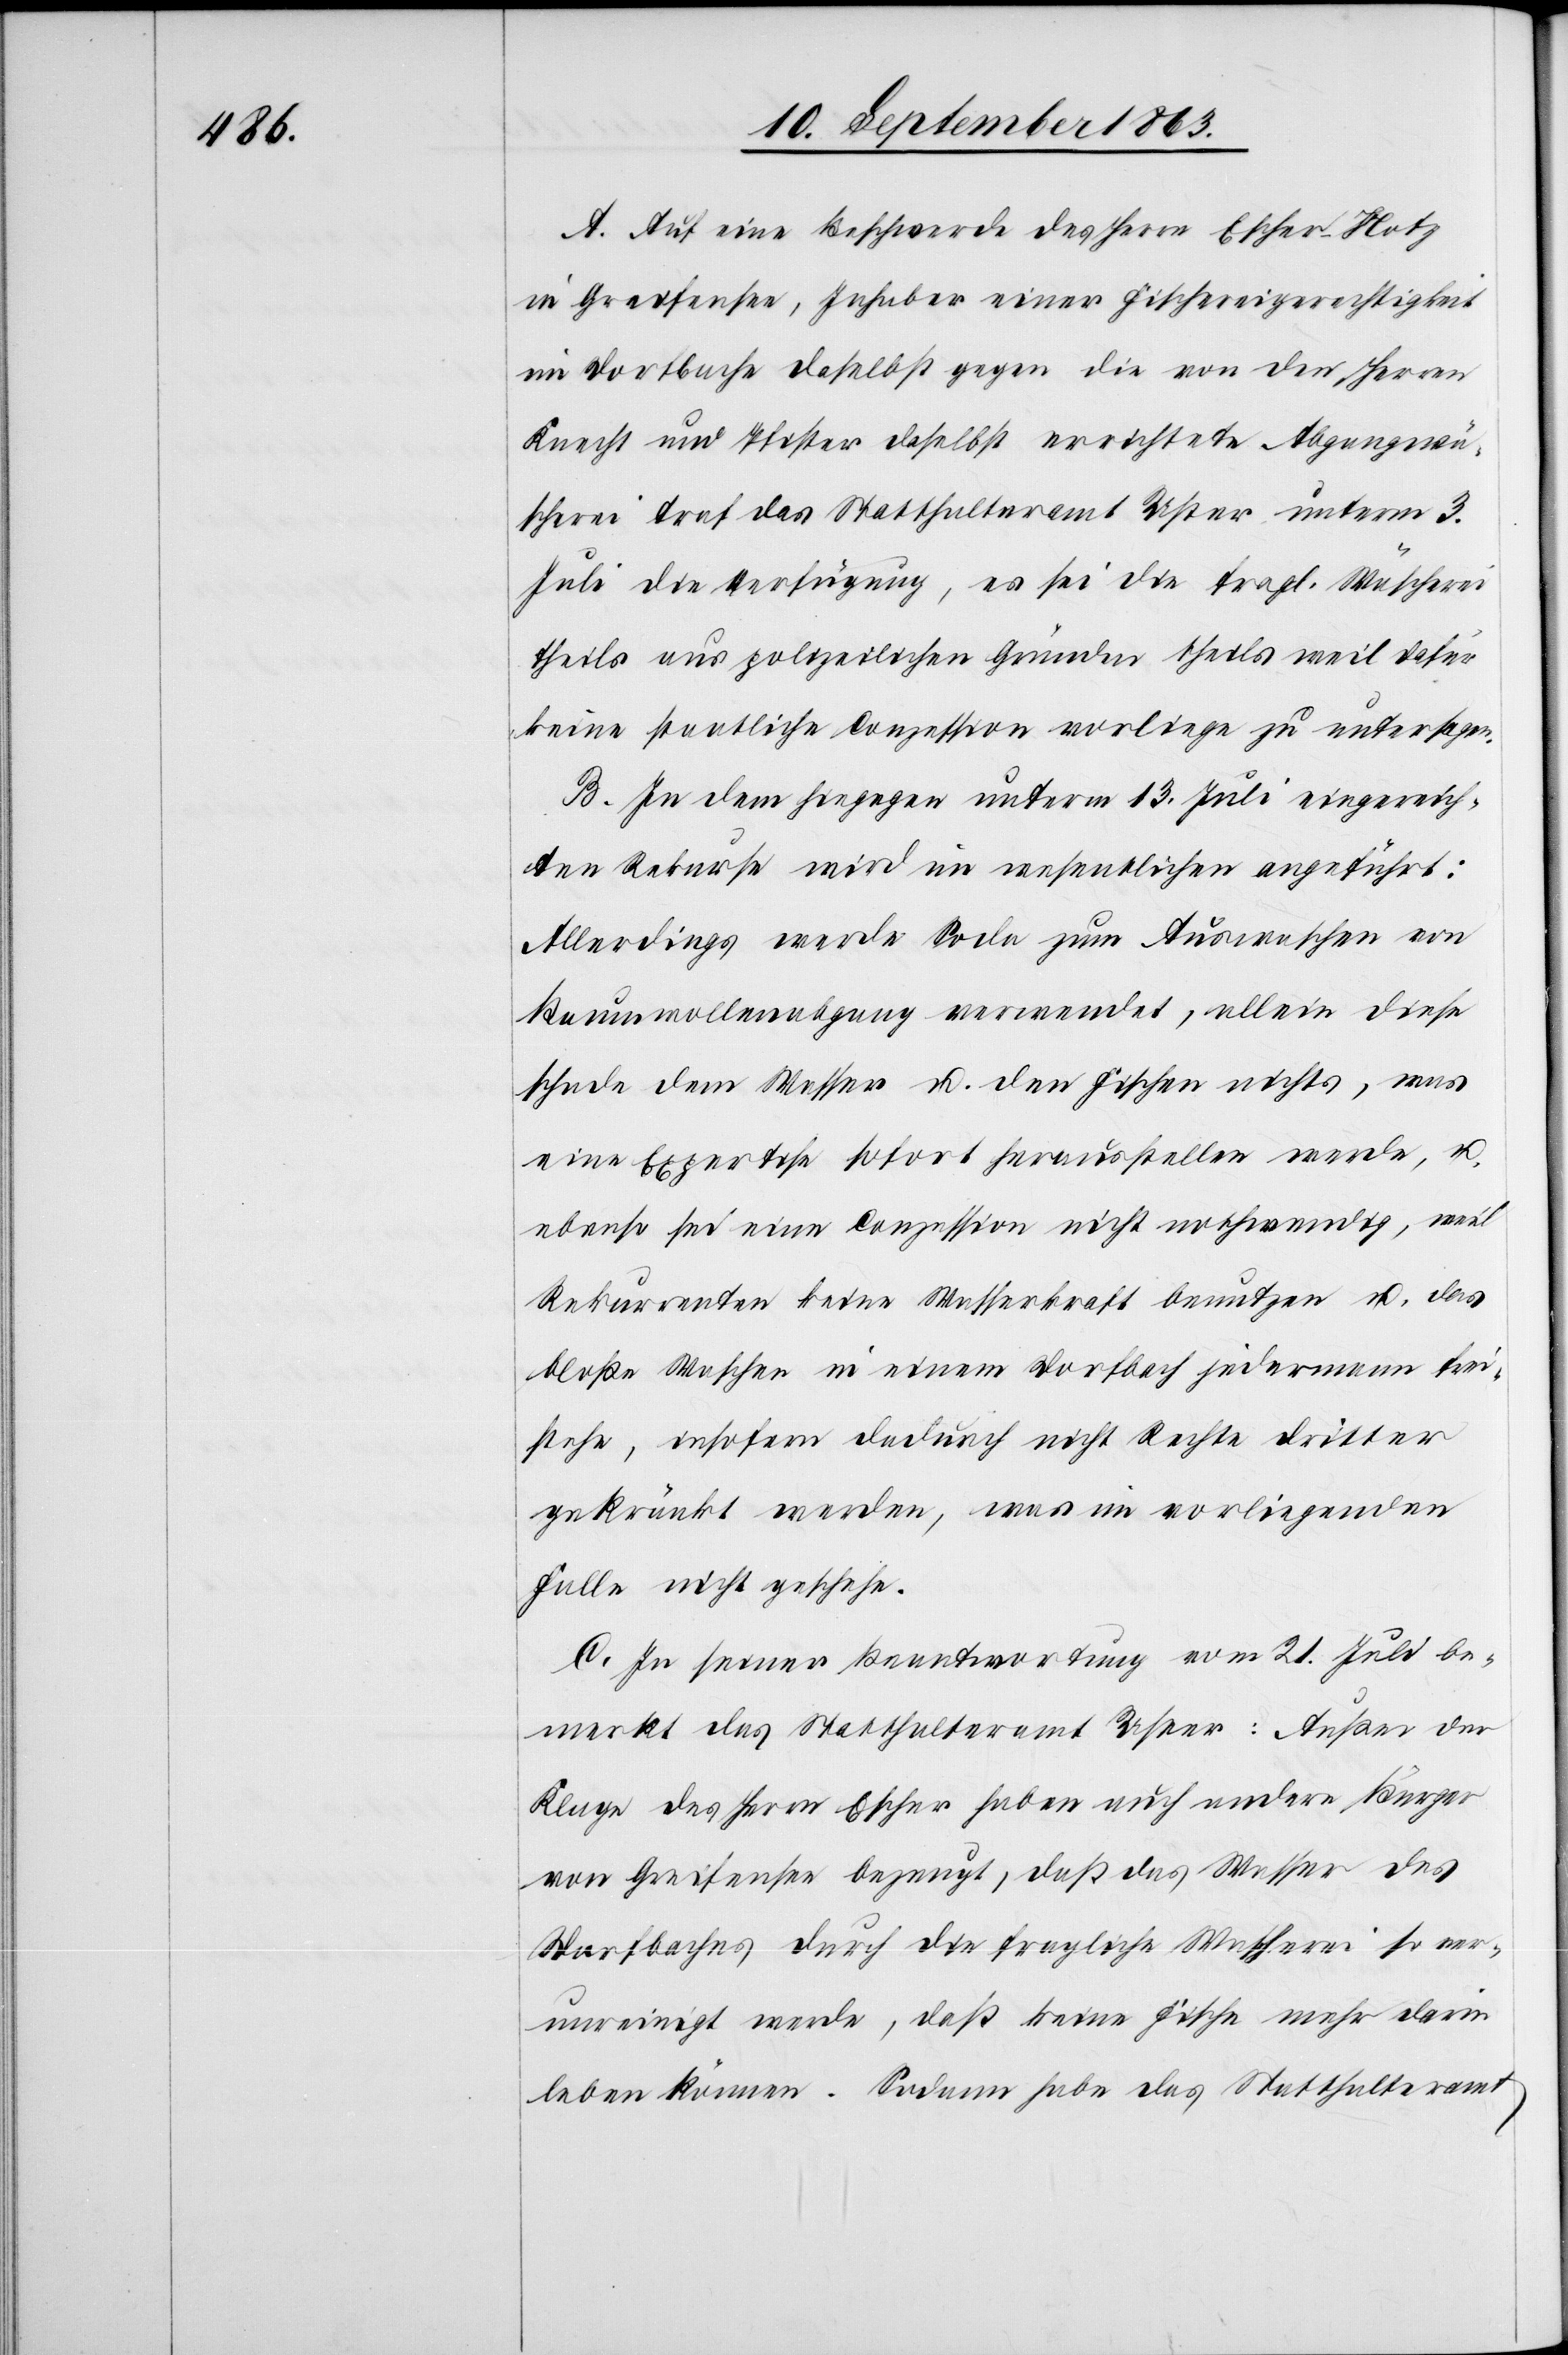
A. Auf eine Beschwerde des Herrn Escher-Hotz
in Greifensee, Inhaber einer Fischereigerechtigkeit
im Dorfbache daselbst gegen die von den Herren
Knecht und Pfister daselbst errichtete Abgangwä¬
scherei traf das Statthalteramt Uster unterm 3.
Juli die Verfügung, es sei die fragl. Wäscherei
theils aus polizeilichen Gründen theils weil dafür
keine staatliche Conzession vorliege zu untersagen.
B. In dem hiegegen unterm 13. Juli eingereich¬
ten Rekurse wird im wesentlichen angeführt:
Allerdings werde Soda zum Auswaschen von
Baumwollenabgang verwendet, allein diese
schade dem Wasser u. den Fischen nichts, was
eine Expertise sofort herausstellen werde, u.
ebenso sei eine Conzession nicht nothwendig, weil
Rekurrenten keine Wasserkraft benutzen u. das
bloße Waschen in einem Dorfbach jedermann frei¬
stehe, insofern dadurch nicht Rechte dritter
gekränkt werden, was im vorliegenden
Falle nicht geschehe.
C. In seiner Beantwortung vom 21. Juli be¬
merkt das Statthalteramt Uster: Außer der
Klage des Herrn Escher haben auch andere Bürger
von Greifensee bezeugt, daß das Wasser des
Dorfbaches durch die fragliche Wascherei so ver¬
unreinigt werde, daß keine Fische mehr darin
leben können. Sodann habe das Statthalteramt